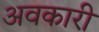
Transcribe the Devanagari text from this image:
अवकारी